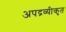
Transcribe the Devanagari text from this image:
अपद्रव्यीकृत